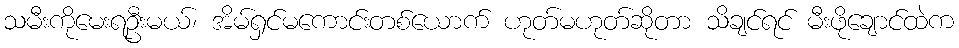
သမီးကိုမေးရဦးမယ်၊ အိမ်ရှင်မကောင်းတစ်ယောက် ဟုတ်မဟုတ်ဆိုတာ သိချင်ရင် မီးဖိုချောင်ထဲက